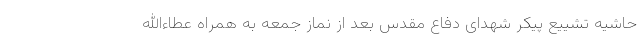
حاشیه تشییع پیکر شهدای دفاع مقدس بعد از نماز جمعه به همراه عطاءالله